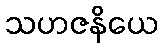
သဟဇနိယေ